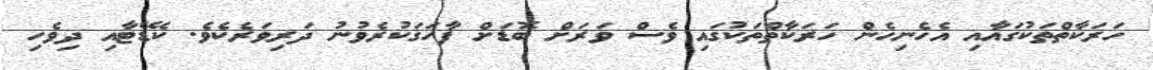
ހަރަކާތްތަކުގައާއި އެހެނިހެން ހަރަކާތްތަކުގައި ވެސް ވަރަށް ބޮޑަށް ފާހަގަކުރެވުނު ދަރިވަރެކެވެ. ކެޑޭޓާއި ދިވެހި